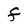
Character: F